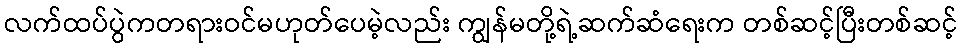
လက်ထပ်ပွဲကတရားဝင်မဟုတ်ပေမဲ့လည်း ကျွန်မတို့ရဲ့ဆက်ဆံရေးက တစ်ဆင့်ပြီးတစ်ဆင့်